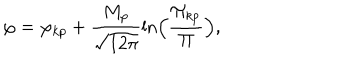
LaTeX: \varphi = { \varphi _ { k p } } + \frac { M _ { p } } { \sqrt { 1 2 \pi } } \ln \Bigl ( \frac { { \Pi } _ { k p } } { \Pi } \Bigr ) ,